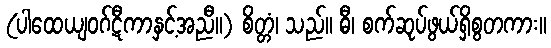
(ပါထေယျဝဂ်ဋီကာနှင့်အညီ။) စိတ္တံ၊ သည်။ ဓီ၊ စက်ဆုပ်ဖွယ်ရှိစွတကား။